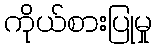
ကိုယ်စားပြုမှု